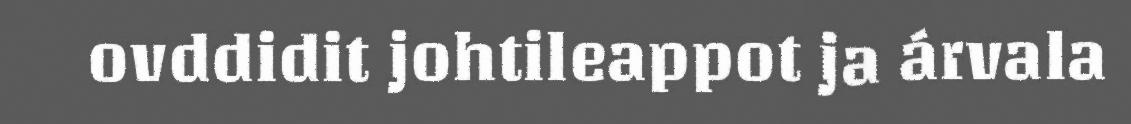
ovddidit johtileappot ja árvala